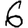
Digit: 6